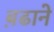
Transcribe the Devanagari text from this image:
ब़ढाने